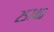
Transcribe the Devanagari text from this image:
२५७४०